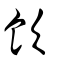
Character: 飲